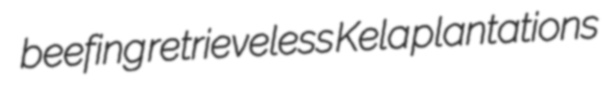
beefing retrieveless Kela plantations